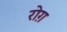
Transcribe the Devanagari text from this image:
रोग़